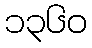
၁၃၆၀